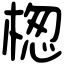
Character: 楤